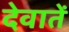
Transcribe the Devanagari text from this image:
देवातें